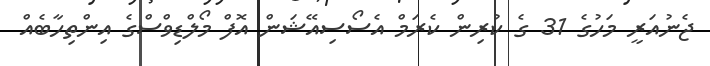
ޖެނުއަރީ މަހުގެ 31 ގެ ކުރިން ކެރަމް އެސޯސިއޭޝަން އޮފް މޯލްޑިވްސްގެ އިންތިހާބެއް